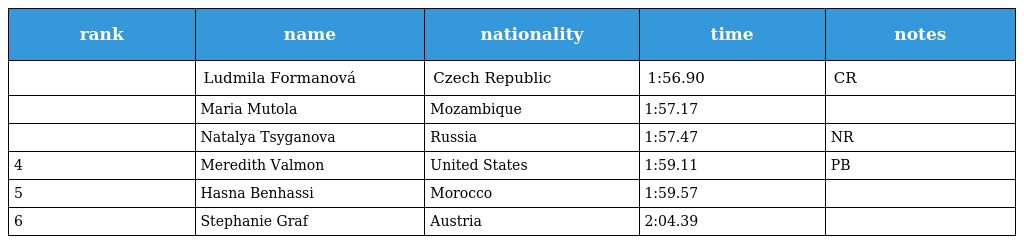
| rank | name | nationality | time | notes |
 | --- | --- | --- | --- | --- |
 |  | Ludmila Formanová | Czech Republic | 1:56.90 | CR |
 |  | Maria Mutola | Mozambique | 1:57.17 |  |
 |  | Natalya Tsyganova | Russia | 1:57.47 | NR |
 | 4 | Meredith Valmon | United States | 1:59.11 | PB |
 | 5 | Hasna Benhassi | Morocco | 1:59.57 |  |
 | 6 | Stephanie Graf | Austria | 2:04.39 |  |